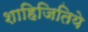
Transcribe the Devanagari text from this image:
शाहिजितिये